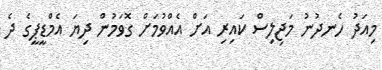
މިއަދު ހެނދުނު މަޖިލިސް ކައިރި އަށް އެއްވުމަށް ގޮވަމުން ދިޔަ އެމްޑީޕީގެ ދެ